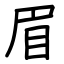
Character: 眉